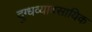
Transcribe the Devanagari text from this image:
दुग्धव्यावसायिक